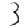
Digit: 3